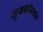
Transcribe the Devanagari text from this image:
सुखबसिलाल